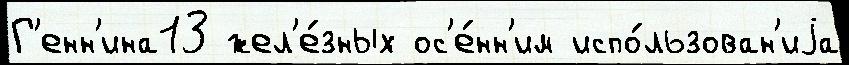
Г'енн'ина13 жел'е́зных ос'е́нн'им испо́льзован'иjа